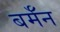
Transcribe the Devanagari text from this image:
बर्मॅन